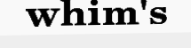
whim's